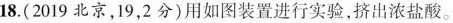
18.（2019北京，19，2分）用如图装置进行实验，挤出浓盐酸。